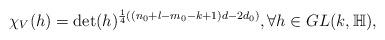
LaTeX: \begin{align*} \chi_{V}(h)=\det(h)^{\frac{1}{4}((n_{0}+l-m_{0}-k+1)d-2d_{0})}, \forall h\in GL(k,\mathbb{H}),\end{align*}